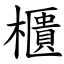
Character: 櫃